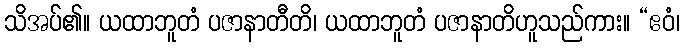
သိအပ်၏။ ယထာဘူတံ ပဇာနာတီတိ၊ ယထာဘူတံ ပဇာနာတိဟူသည်ကား။ “ဧဝံ၊